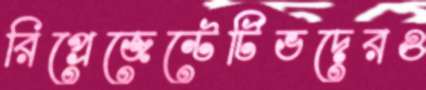
রিপ্রেজেন্টেটিভদেরও